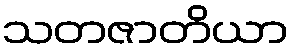
သတဇာတိယာ